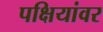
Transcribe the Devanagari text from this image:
पक्षियांवर